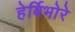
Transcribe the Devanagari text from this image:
हेर्बिभोरे